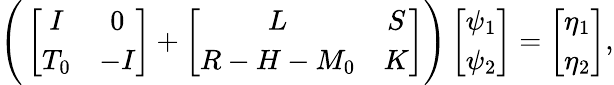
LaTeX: \begin{array}{r}{\Bigg(\left[\begin{array}{cc}{I}&{0}\\ {T_{0}}&{-I}\end{array}\right]+\left[\begin{array}{cc}{L}&{S}\\ {R-H-M_{0}}&{K}\end{array}\right]\Bigg)\left[\begin{array}{c}{\psi_{1}}\\ {\psi_{2}}\end{array}\right]=\left[\begin{array}{c}{\eta_{1}}\\ {\eta_{2}}\end{array}\right],}\end{array}